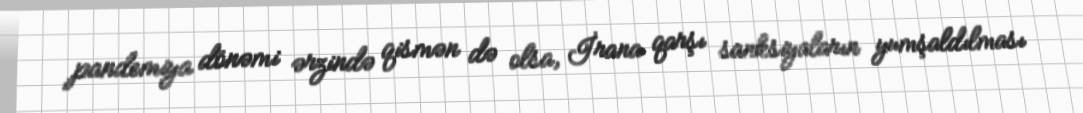
pandemiya dönəmi ərzində qismən də olsa, İrana qarşı sanksiyaların yumşaldılması